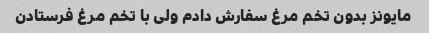
مایونز بدون تخم مرغ سفارش دادم ولی با تخم مرغ فرستادن